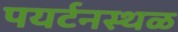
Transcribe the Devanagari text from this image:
पयर्टनस्थळ